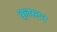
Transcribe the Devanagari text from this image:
वूलस्टन